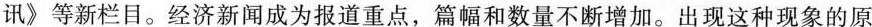
讯》等新栏目。经济新闻成为报道重点，篇幅和数量不断增加。出现这种现象的原